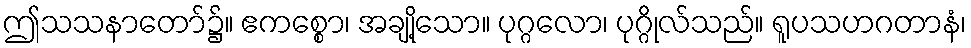
ဤသသနာတော်၌။ ဧကစ္စော၊ အချို့သော။ ပုဂ္ဂလော၊ ပုဂ္ဂိုလ်သည်။ ရူပသဟဂတာနံ၊